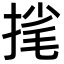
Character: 毮